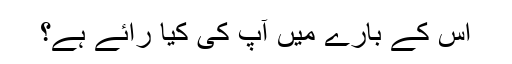
اس کے بارے میں آپ کی کیا رائے ہے؟